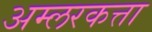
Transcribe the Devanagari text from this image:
अम्लरकत्ता